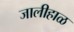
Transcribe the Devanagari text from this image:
जालीहाळ